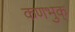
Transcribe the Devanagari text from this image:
कणभुक्